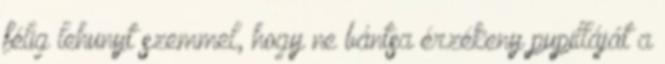
félig lehunyt szemmel, hogy ne bántsa érzékeny pupilláját a